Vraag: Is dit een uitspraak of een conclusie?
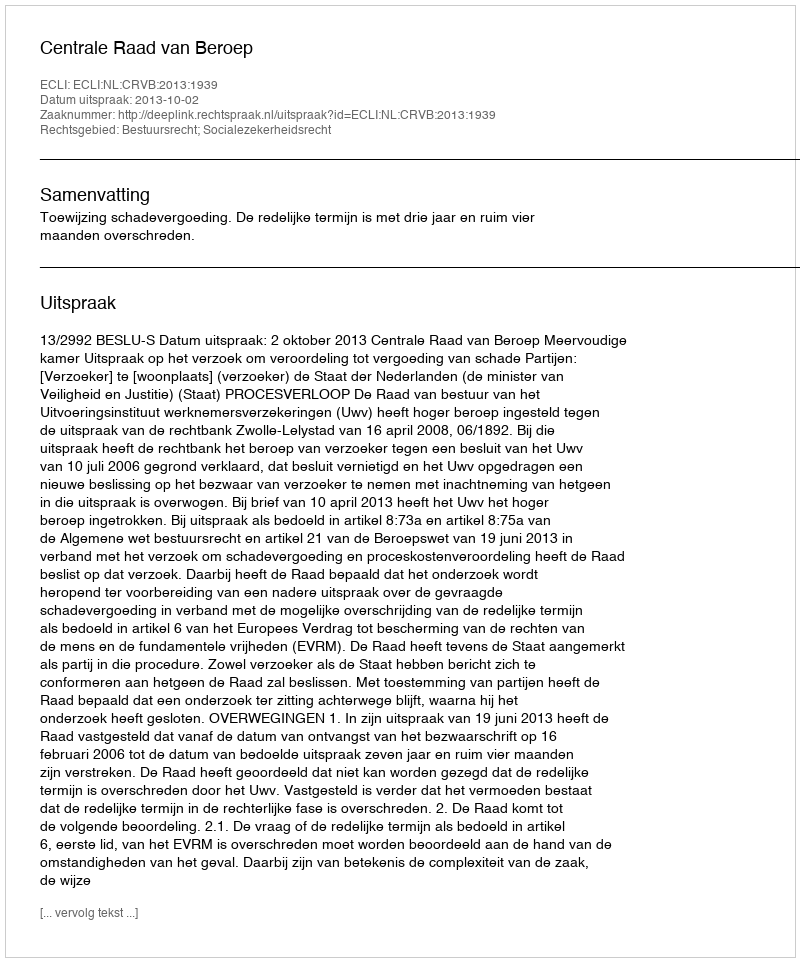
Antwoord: Uitspraak